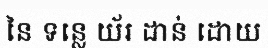
នៃ ទន្លេ យ័រ ដាន់ ដោយ